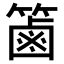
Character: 𥱾